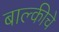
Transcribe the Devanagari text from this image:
बाल्कीचे